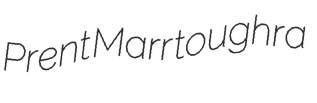
Prent Marr toughra